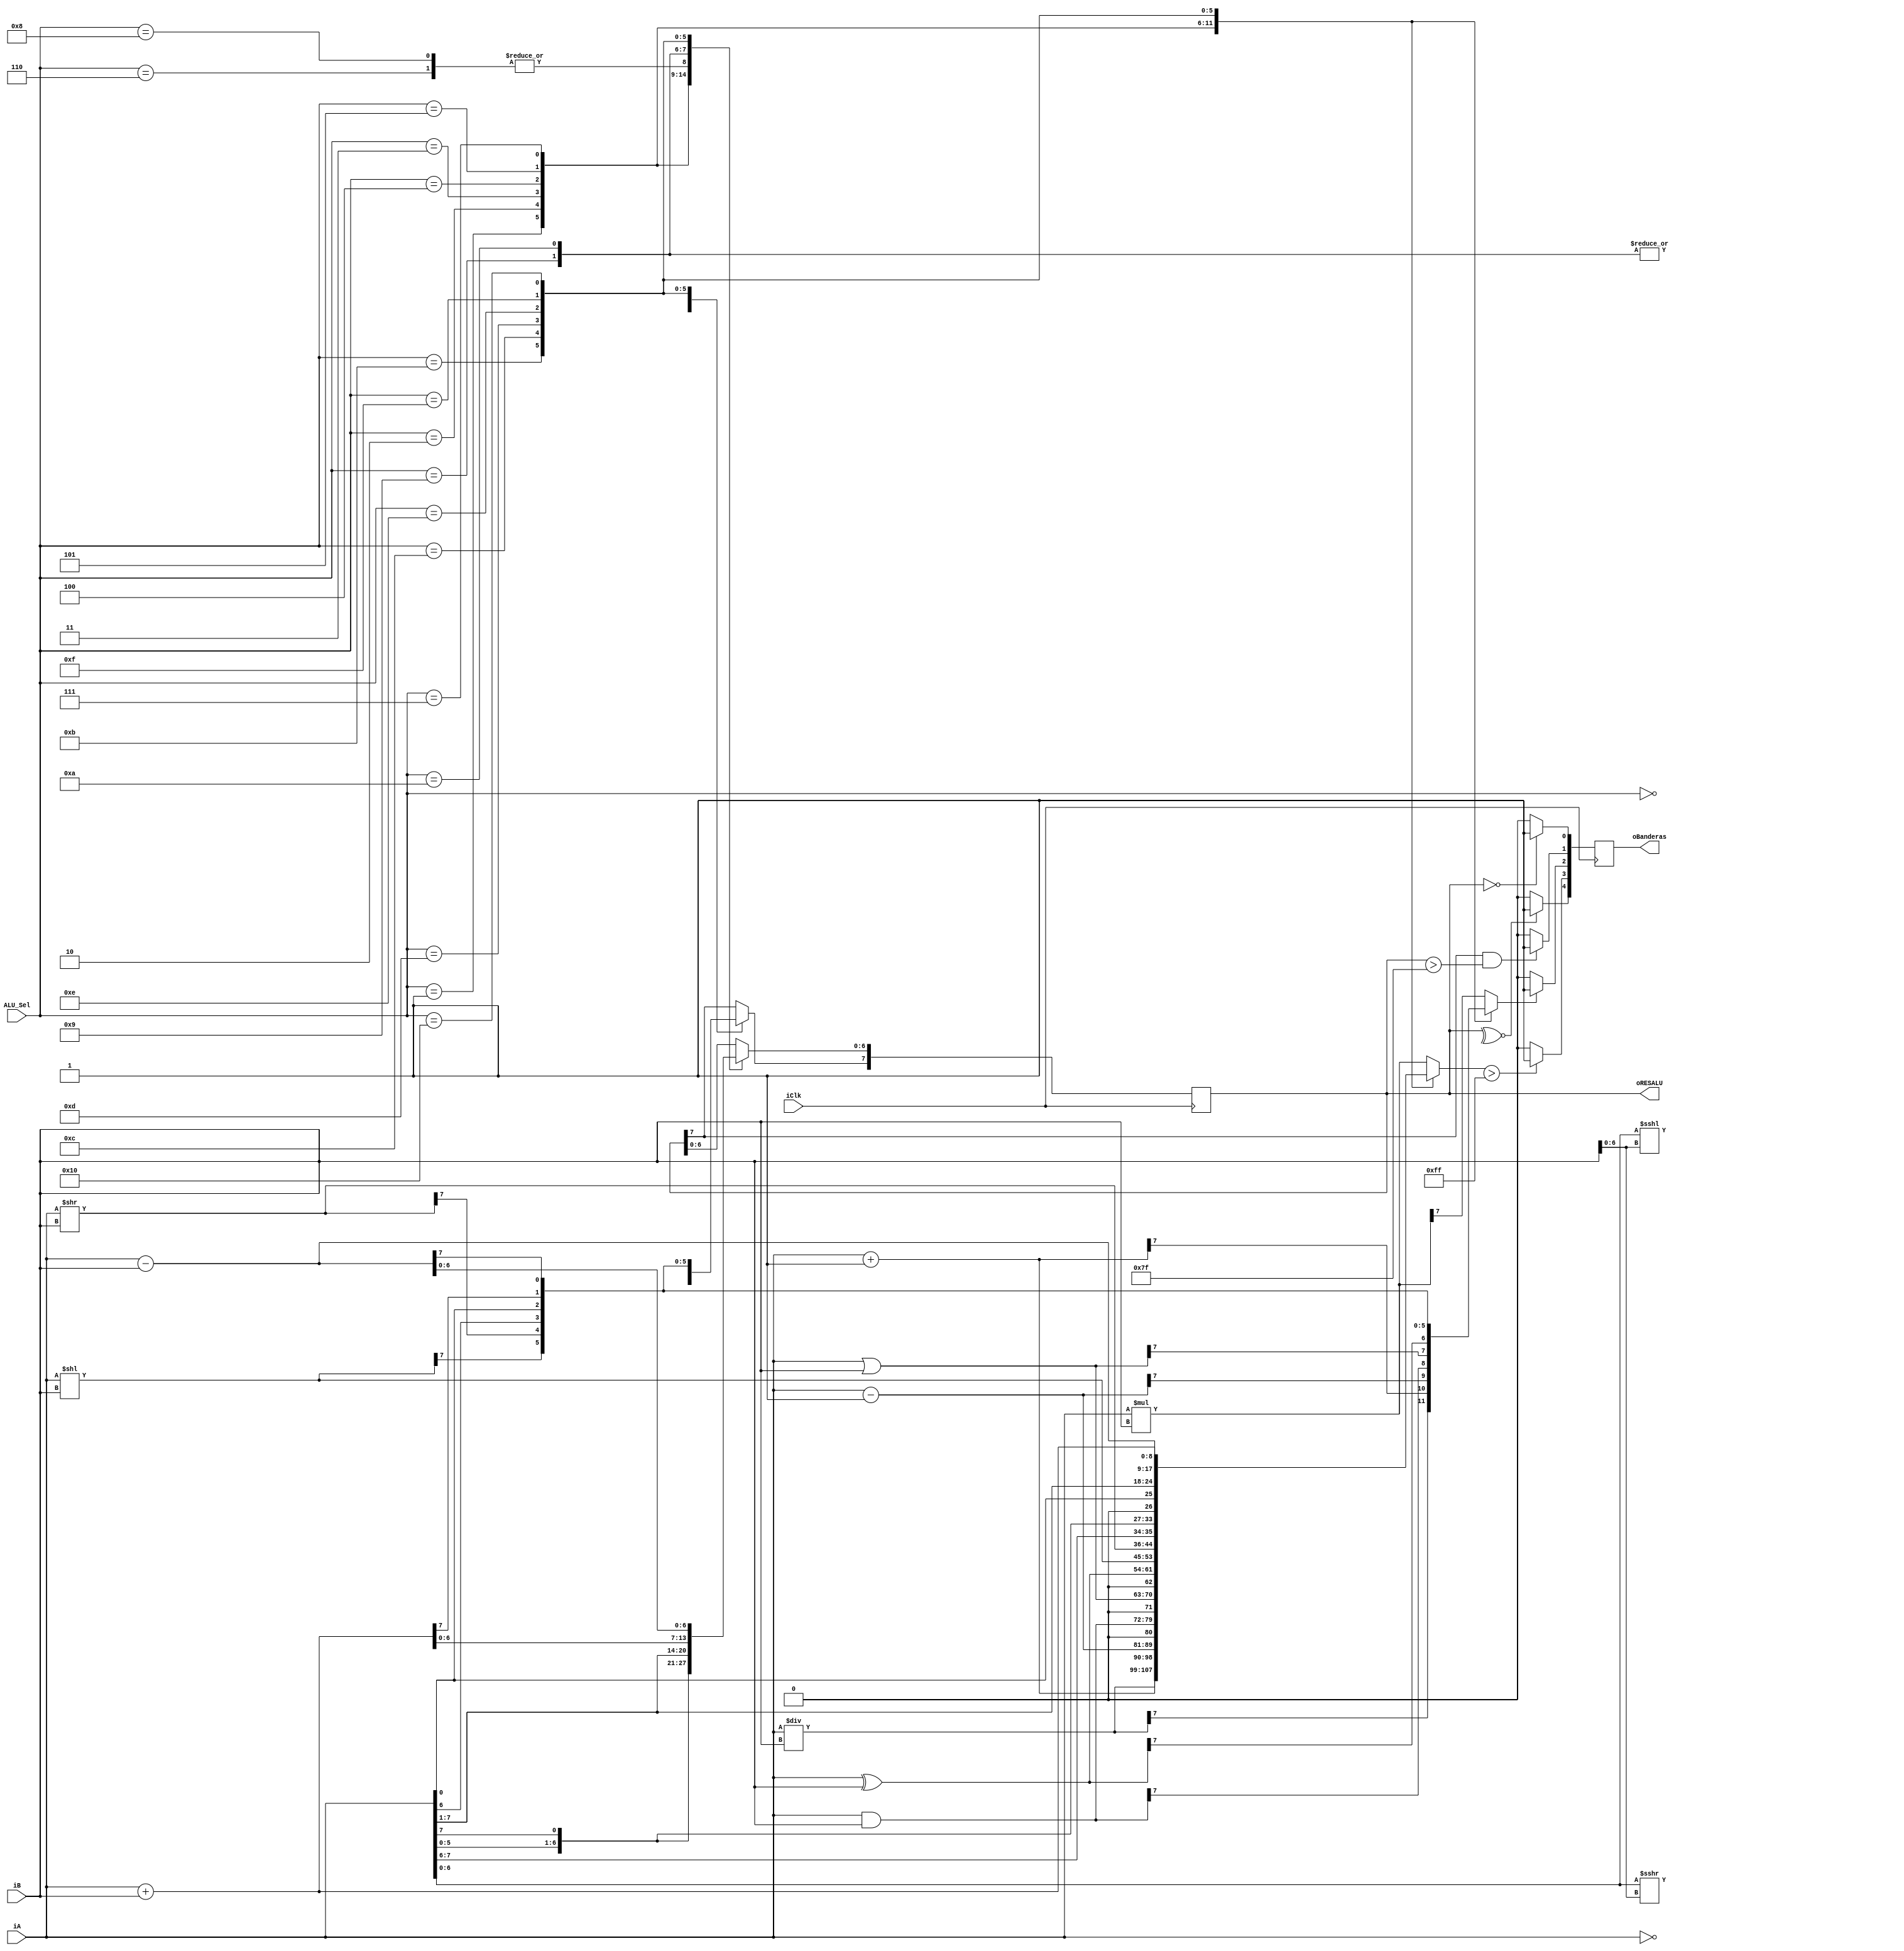
module ALU_Micros1(
input [7:0] iA,
input [7:0] iB,  // ALU 8-bit Inputs A y B                 
input [4:0] ALU_Sel,// ALU Selector de 5-bits
input iClk,
output [7:0] oRESALU,
output [4:0] oBanderas// ALU 8-bit Output
 ); 
 
   reg [8:0] ALU_Resultadomedio;
	reg [7:0] ALU_D;
	reg [7:0] ALU_Q;
	reg [4:0] Banderas_D;
	reg [4:0] Banderas_Q;
	reg ALU_Carry;
	
	assign oRESALU = ALU_Q [7:0];
	assign oBanderas = Banderas_Q [4:0];
	assign par = ~^ALU_Q;
	
	
 
/////////////////////////////////////////Parte Secuencial//////////////////////////////////////////
 always @(posedge iClk) 
 begin 
     ALU_Q = ALU_D;
	  
	  Banderas_Q = Banderas_D;
 end 
///////////////////////////////////////////////////////////////////////////////////////////////////


////////////////////////////////////////Parte combinacional////////////////////////////////////////
    always @(*)
    begin
        case(ALU_Sel)
		  5'b00000: begin // Multiplicacion 
           ALU_Resultadomedio [8:0] = iA * iB;
			  ALU_D [7:0] = ALU_Resultadomedio [7:0];
			  ALU_Carry = ALU_Resultadomedio [8:7];
			        end 
		  5'b00001: begin // Division
           ALU_Resultadomedio [8:0] = iA / iB;
			  ALU_D [7:0] = ALU_Resultadomedio [7:0];
			  ALU_Carry = ALU_Resultadomedio [8:7];
			        end
        5'b00010: begin // Incremento
           ALU_Resultadomedio [8:0] = iA + 1'b1;
			  ALU_D [7:0] = ALU_Resultadomedio [7:0];
			  ALU_Carry = ALU_Resultadomedio [8:7];
			        end
        5'b00011: begin // Decremento
           ALU_Resultadomedio [8:0] = iA - 1'b1;
			  ALU_D [7:0] = ALU_Resultadomedio [7:0];
			  ALU_Carry = ALU_Resultadomedio [8:7];
			        end
        5'b00100: begin // AND
           ALU_Resultadomedio [8:0] = iA & iB;
			  ALU_D [7:0] = ALU_Resultadomedio [7:0];
			  ALU_Carry = ALU_Resultadomedio [8:7];
			        end
        5'b00101: begin // OR
           ALU_Resultadomedio [8:0] = iA | iB;
			  ALU_D [7:0] = ALU_Resultadomedio [7:0];
			  ALU_Carry = ALU_Resultadomedio [8:7];
			        end
        5'b00110: begin // NOT
           ALU_D [7:0]  = ~iA;
			        end
        5'b00111: begin // XOR
           ALU_Resultadomedio [8:0] = iA^iB;
			  ALU_D [7:0] = ALU_Resultadomedio [7:0];
			  ALU_Carry = ALU_Resultadomedio [8:7];
			        end
        5'b01000: begin // COMPLEMENTO A1
           ALU_D [7:0]  = ~iA;
			         end
        5'b01001: begin // CORRIMIENTO ARITMTICO IZQUIERDO.
           ALU_D [6:0] = iA [6:0] <<<iB [6:0];
			  ALU_D [7] = iA[7];
			        end
        5'b01010: begin // CORRIMIENTO ARITMTICO DERECHO.
           ALU_D [6:0] = iA [6:0] >>>iB [6:0];
			  ALU_D [7] = iA[7];
			         end
        5'b01011: begin // CORRIMIENTO LOGICO IZQUIERDO.
           ALU_Resultadomedio [8:0] = iA<<iB;
			  ALU_D [7:0] = ALU_Resultadomedio [7:0];
			  ALU_Carry = ALU_Resultadomedio [8:7];
			         end
        5'b01100: begin // CORRIMIENTO LOGICO DERECHO.
           ALU_Resultadomedio [8:0] = iA>>iB;
			  ALU_D [7:0] = ALU_Resultadomedio [7:0];
			  ALU_Carry = ALU_Resultadomedio [8:7];
			         end
        5'b01101: begin // ROTACION IZQUIERDA.
           ALU_Resultadomedio [8:0] = {iA[7:0],iA[7]};
			  ALU_D [7:0] = ALU_Resultadomedio [7:0];
			  ALU_Carry = ALU_Resultadomedio [8:7];
			        end
        5'b01110: begin // ROTACION DERECHA.
           ALU_Resultadomedio [8:0] = {iA[0],iA[7:1]};
			  ALU_D [7:0] = ALU_Resultadomedio [7:0];
			  ALU_Carry = ALU_Resultadomedio [8:7];
			        end
        5'b01111: begin // SUMA.
           ALU_Resultadomedio [8:0] = iA+iB;
			  ALU_D [7:0] = ALU_Resultadomedio [7:0];
			  ALU_Carry = ALU_Resultadomedio [8:7];
			        end
        5'b10000: begin // RESTA.
           ALU_Resultadomedio [8:0] = iA - iB;
			  ALU_D [7:0] = ALU_Resultadomedio [7:0];
			  ALU_Carry = ALU_Resultadomedio [8:7];
			        end
					  default: ALU_D = ALU_Q;
		  endcase
		  
    
//////////////////////////////////////////////////////////////////////////////////////////////////

/////////////////////////////////Declaracin de Banderas//////////////////////////////////////////

       if(ALU_Q==8'b00000000) //Bandera de 0
         begin
			Banderas_D [0] =1'b1;
         end
		  else
			begin
	      Banderas_D [0] =1'b0;	
			end
			
		 if(ALU_Q [7]==1'b1 && ALU_Q > 8'b01111111 ) //Bandera de signo
         begin
			Banderas_D [1] =1'b1;
         end
		  else
			begin
	      Banderas_D [1] =1'b0;	
			end
			
		 if(ALU_Carry==1'b1) //Bandera de carry
         begin
			Banderas_D [2] =1'b1;
         end
		  else
			begin
	      Banderas_D [2] =1'b0;	
			end
			
	    if(ALU_Resultadomedio > 9'b011111111) //Bandera de overflow
         begin
			Banderas_D [3] =1'b1;
         end
		  else
			begin
	       Banderas_D [3] =1'b0;	
			end

	    if(par==1'b1) //Bandera de Paridad
         begin
			Banderas_D [4] =1'b1;
         end
		  else
			begin
	      Banderas_D [4] =1'b0;	
			end
			
end
endmodule